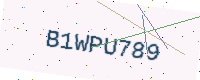
Text: B1WPU789